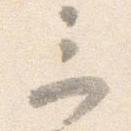
三